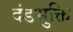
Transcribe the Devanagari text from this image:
दंडभुक्ति